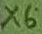
Text: X6